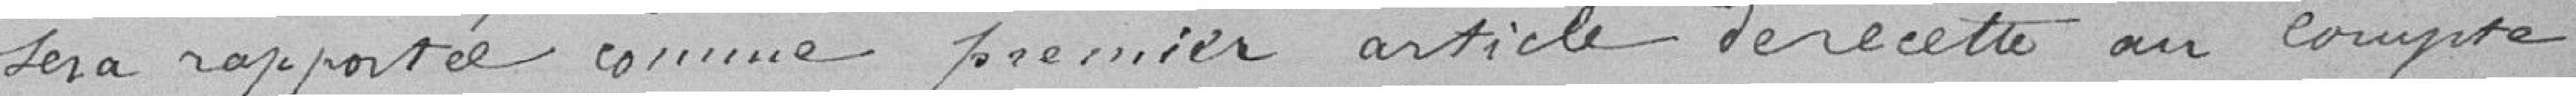
sera rapportée comme premier article de recette au compte